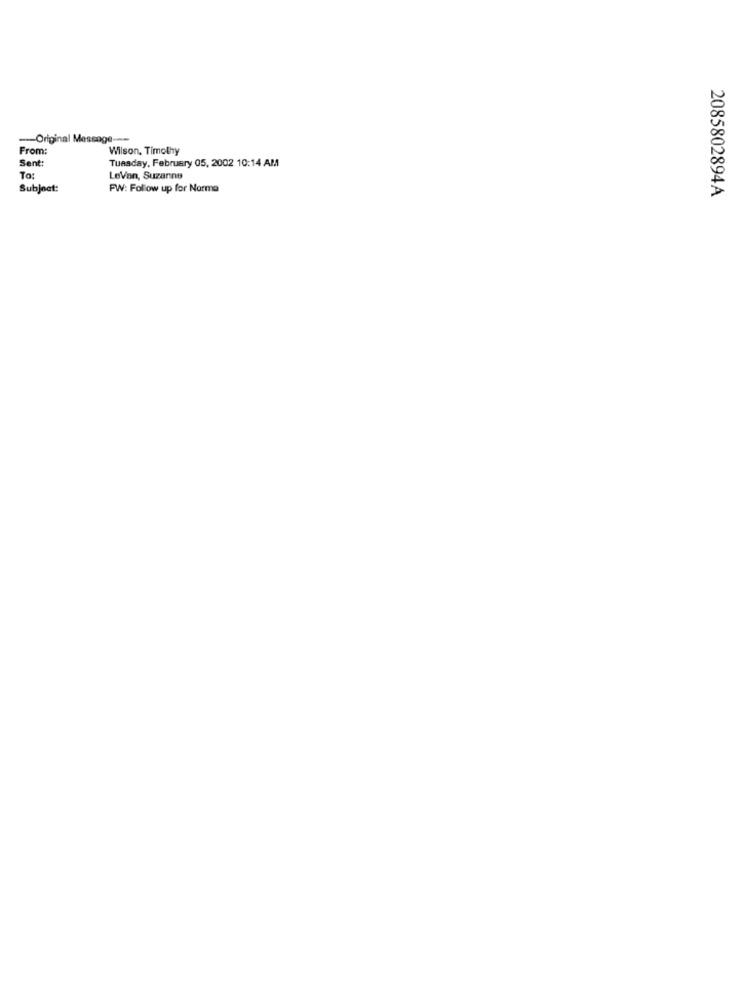
-Original Message ---
From:
Wilson. Timothy
Tuesday, February 05, 2002 10:14 AM
Sent:
To:
LeVan, Suzanne
Subject:
FW: Follow up for Norma
2085802894A